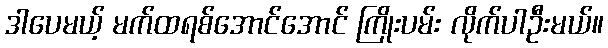
ဒါပေမယ့် မက်ထရစ်အောင်အောင် ကြိုးပမ်း လိုက်ပါဦးမယ်။